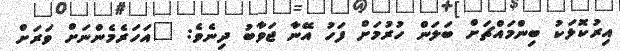
އިރުކޮޅަކު ބިންމައްޗަށް ބަލަން ހުރުމަށް ފަހު އޭނާ ޖަވާބު ދިނެވެ: "އަހަރެމެންނަށް ވަރަށް